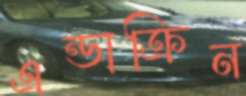
এন্ডাক্রিন